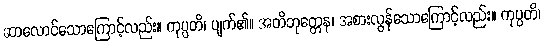
ဆာလောင်သောကြောင့်လည်း။ ကုပ္ပတိ၊ ပျက်၏။ အတိဘုတ္တေန၊ အစားလွန်သောကြောင့်လည်း။ ကုပ္ပတိ၊